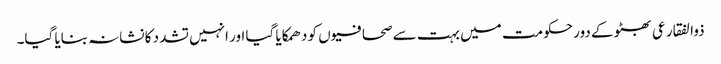
ذوالفقار عی بھٹو کے دور حکومت میں بہت سے صحافیو ں کو دھمکایا گیا اور انہیں تشدد کا نشانہ بنایا گیا۔